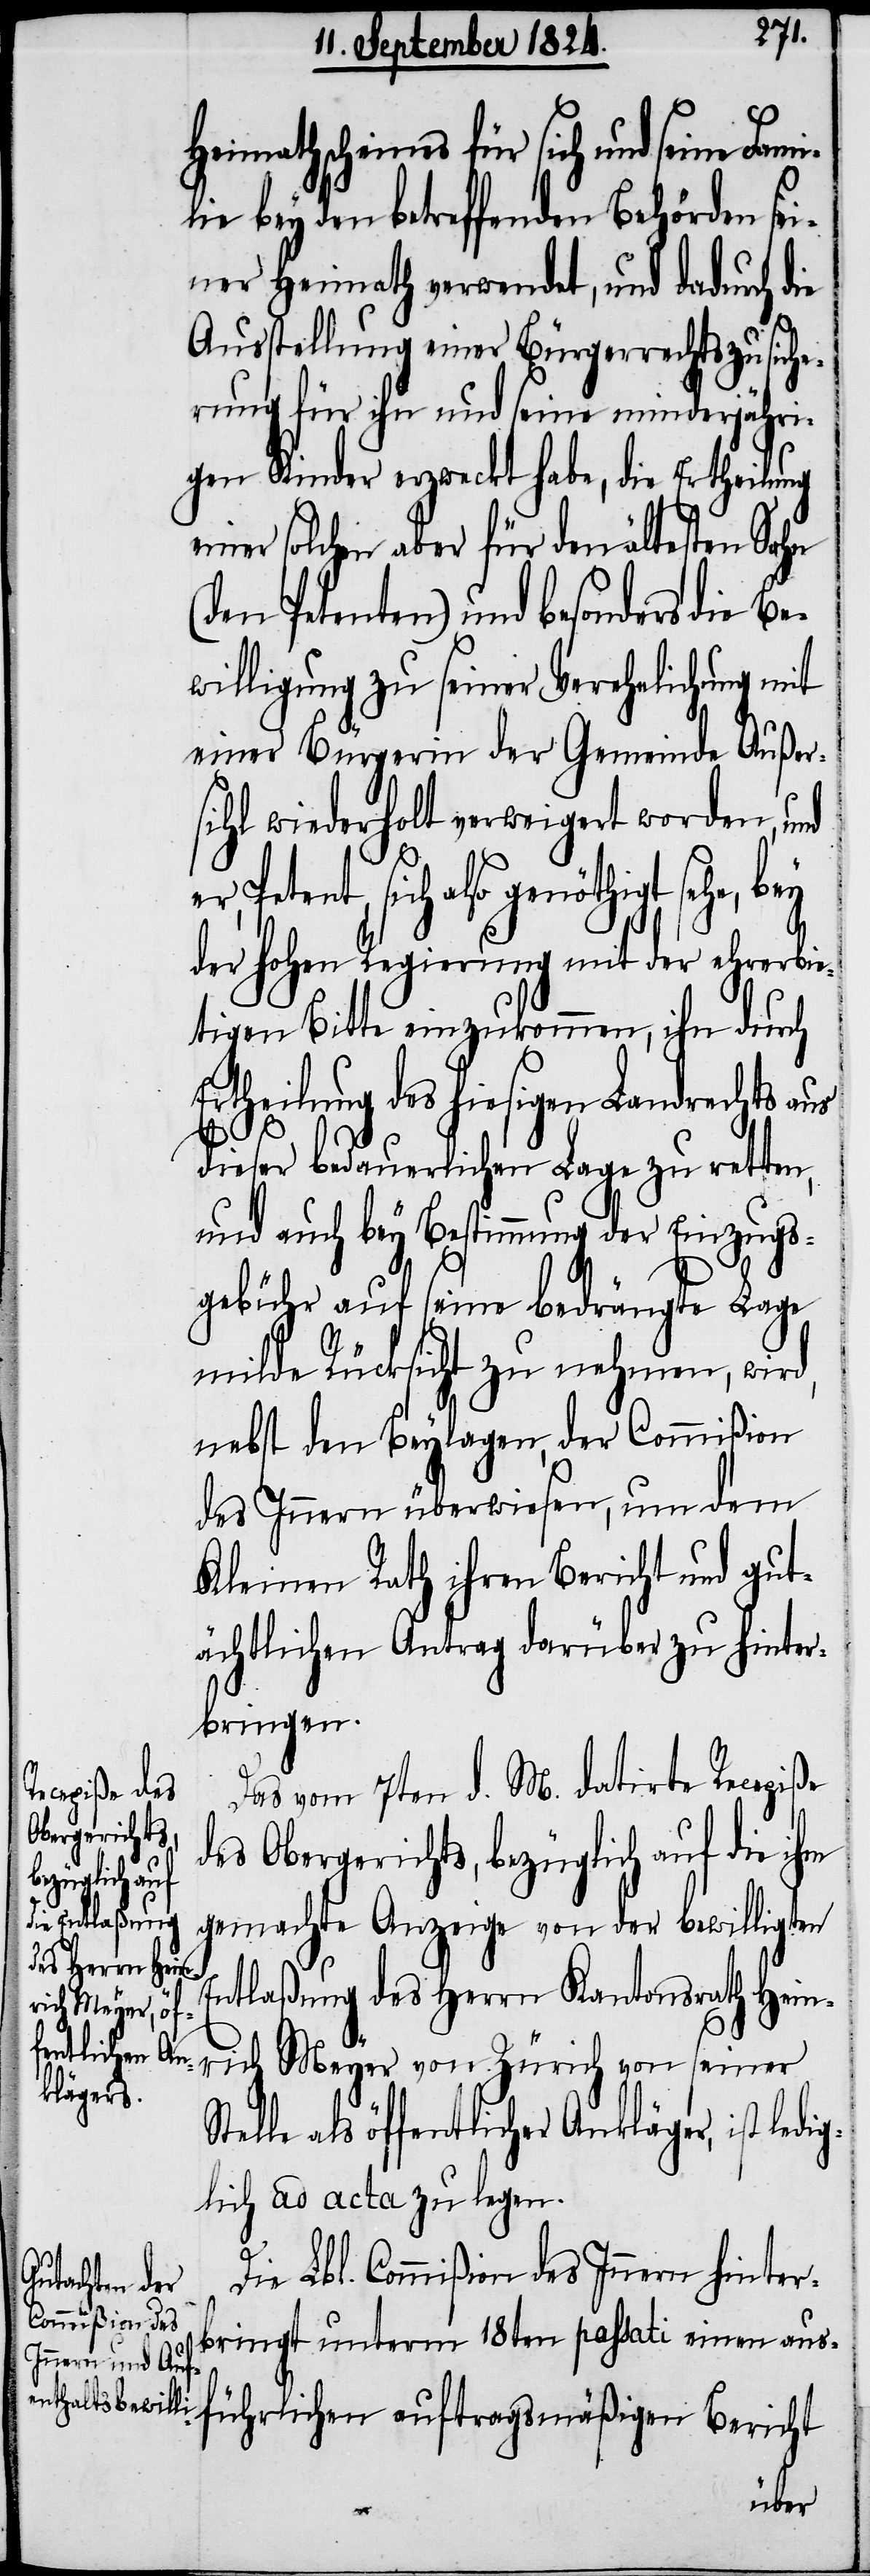
Heimathscheines für sich und seine Fam¬
lie bey den betreffenden Behörden sei¬
ner Heimath verwendet, und dadurch die
Ausstellung einer Bürgerrechtszusiche¬
rung für ihn und seine minderjähri¬
gen Kinder erzweckt habe, die Ertheilung
einer solchen aber für den ältesten Sohn
(den Petenten) und besonders die B¬
ewilligung zu seiner Verehelichung mit
seiner Bürgerin der Gemeinde Außer¬
sihl wiederholt verweigert worden, und
Petent, sich also genöthigt sehe, bey
der hohen Regierung mit der ehrerbie¬
tigen Bitte einzukommen, ihn durch
Ertheilung des hiesigen Landrechts aus
dieser bedauerlichen Lage zu retten,
und auch bey Bestimmung der Einzugs¬
gebühr auf seine bedrängte Lage
milde Rücksicht zu nehmen, wird,
nebst den Beylagen, der Commißion
des Innern überwiesen, um dem
Kleinen Rath ihren Bericht und gut¬
ächtlichen Antrag darüber zu hinter¬
bringen.
Das vom 7ten d. M. datirte Recepiße
des Obergerichts, bezüglich auf die ihm
gemachte Anzeige von der bewilligten
Entlaßung des Herrn Kantonsrath Heinr¬
ich Meyer von Zürich von seiner
als öffentlicher Ankläger, ist ledi¬
glich ad acta zu legen.
i¬
Die Lbl. Commißion des Innern hinter¬
bringt unterm 18ten passati einen au¬
sführlichen auftragsmäßigen Bericht